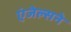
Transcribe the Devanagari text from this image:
एंजेल्सने